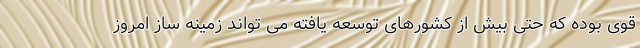
قوی بوده که حتی بیش از کشورهای توسعه یافته می تواند زمینه ساز امروز